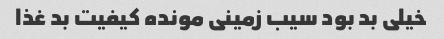
خیلی بد بود سیب زمینی مونده کیفیت بد غذا